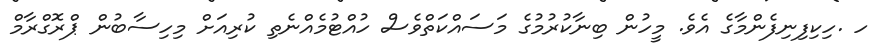
ހ .ހިކިފިނިފެންމާގެ އެވެ. މީހުން ބިނާކުރުމުގެ މަސައްކަތްވެސް ހުއްޓުމެއްނެތި ކުރިއަށް މިހިސާބުން ޕްރޮގްރާމް